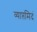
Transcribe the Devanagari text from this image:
व्याप्तमिदं